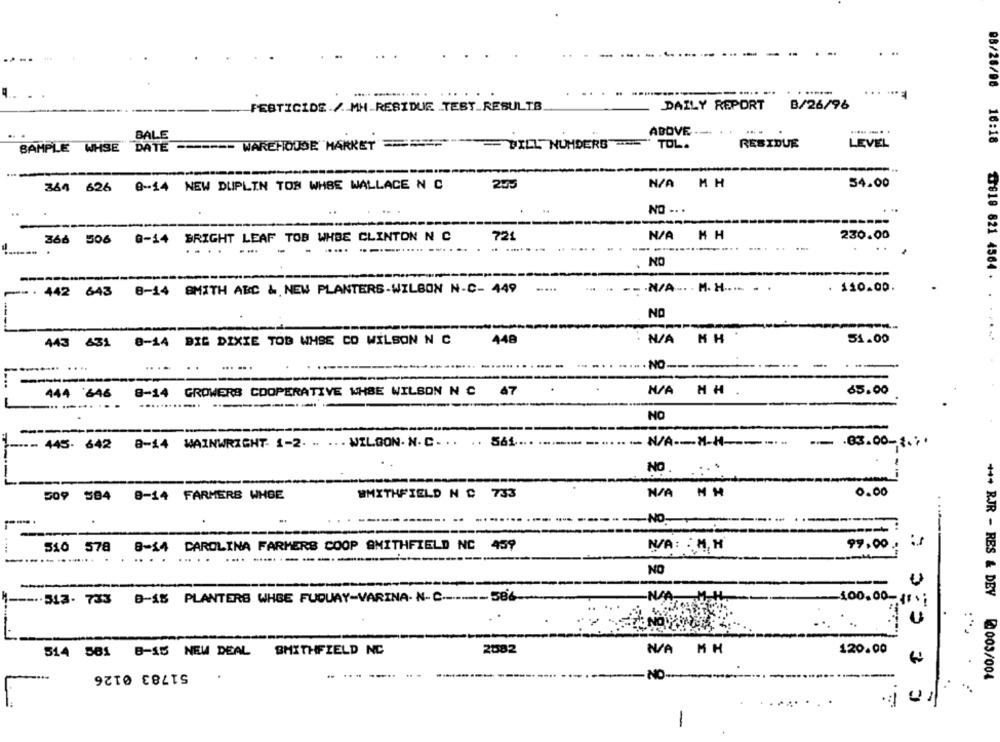
...
5/26/06
..... .
.....
PESTICIDE / MM RESIDUE TEST_RESULTS
DAILY REPORT
B/26/96
ABOVE
-
....... .
BALE
16:18
SAMPLE WHSE
DATE
----- WAREHOUSE HAKKET =====
WILL NUHDERS"
TOL.
RESIDUE
LEVEL
364 626 0-14 NEW DUPLIN TOS WHBE WALLACE N C
25℃
MH
54.00
NO .. .
366 506 0-14 BRIGHT LEAF TOB WHBE CLINTON N C
721
HH
230.00
-----. .
....
....
-----
-----
-.. .. -
NO
৳818 821 4564 .
. . 442 643 8-14 SMITH ABC & NEW PLANTERS-WILSON N-C- 449
.....
--. N/A -·· M. H .... . .
. 110.00.
NO
443 631 8-14 BIG DIXIE TOD WHSE CO WILSON N C
448
MH
51.00
.--
.......... ....
- NO ------
-------
444 646 8-14 GROWERS COOPERATIVE WHBE WILSON N C 47
N/A HH .
65.00
--... .
............
NO
-- 445- 642 8-14 WAINWRIGHT- 1-2. .. ... WILSON. N. C. . .
- N/A -- M-H ------
-- . 83.00-1.%'
NO
.:.
509 584 8-14 FARMERS WHBE
SMITHFIELD N C 733
N/A NH
0.00
-NO.
r:
....
510 578 8-14 CAROLINA FARMERS COOP SMITHFIELD NC 459
N/A: : M, H
99.00 .
... .
-- -----
NO
U
---.. 513- 733 8-18 PLANTERS WHEE FUQUAY-VARINA- N-C --------- 586-
4
314 581 8-15 NEW DEAL
SMITHFIELD NC
2082
N/A MH
120.00
51783 0126
3
-----
NO
+++ RJR - RES & DEV 003/004
-